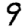
Digit: 9